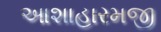
આશાહારમજી